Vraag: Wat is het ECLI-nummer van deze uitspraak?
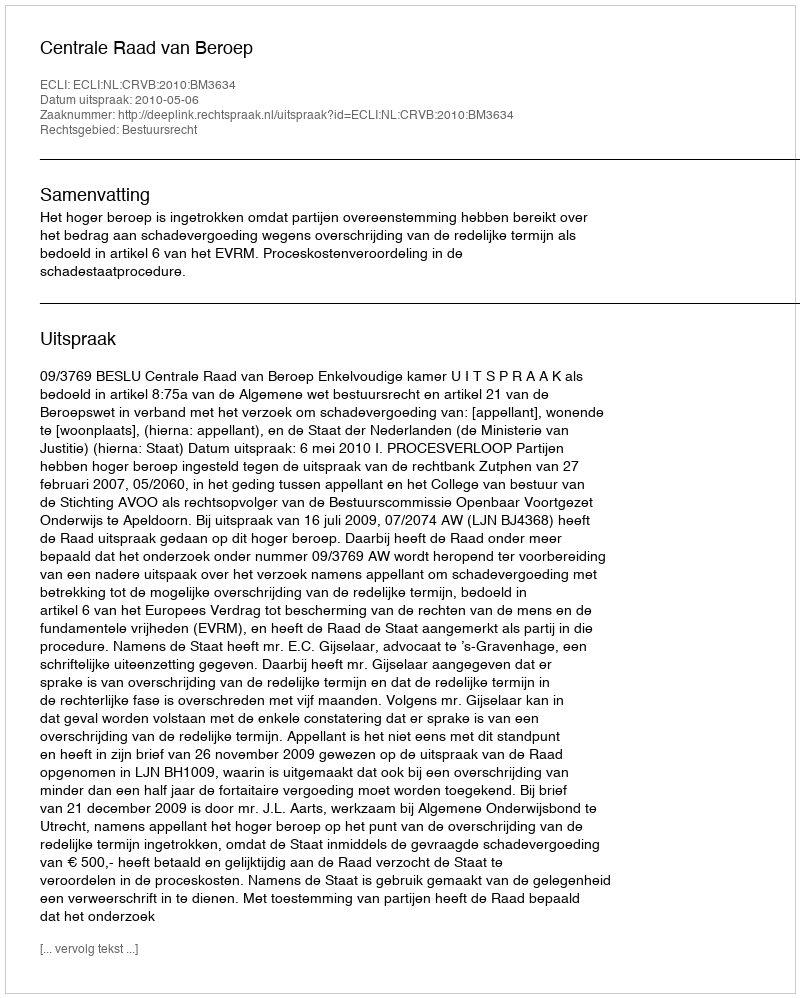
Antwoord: ECLI:NL:CRVB:2010:BM3634